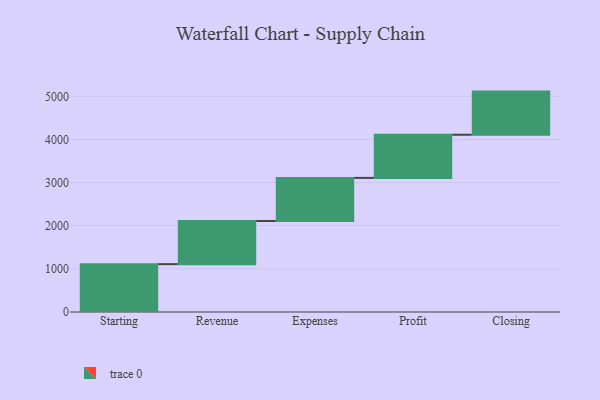
{"axis": {"x": "Step", "y": "Value"}, "legend": [""], "data": [{"x": "Starting", "y": 1109.0, "type": ""}, {"x": "Revenue", "y": 1000, "type": ""}, {"x": "Expenses", "y": 1000, "type": ""}, {"x": "Profit", "y": 1000, "type": ""}, {"x": "Closing", "y": 1000, "type": ""}]}